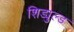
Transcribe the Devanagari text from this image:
शिड्युल्ड